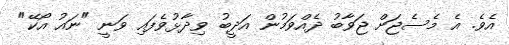
އެވެ. އެ މެސެޖަށް ޖަވާބު ދެއްވަމުން އަދީބު ވިދާޅުވެފައި ވަނީ "ނައު އޯކޭ"